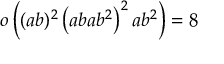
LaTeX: o \left( ( a b ) ^ { 2 } \left( a b a b ^ { 2 } \right) ^ { 2 } a b ^ { 2 } \right) = 8